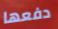
دفعها